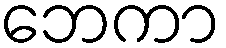
ဘေကာ